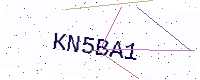
Text: KN5BA1